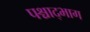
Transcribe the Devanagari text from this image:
पश्चाद्भाग